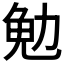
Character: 𪟟